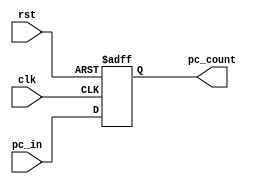
module program_counter(pc_count,pc_in,clk,rst);
output reg [31:0]pc_count;
input [31:0] pc_in;
input clk,rst;
initial
pc_count<=32'd0;

always@(posedge clk or posedge rst)
begin
if(rst)
begin
pc_count<=32'd0;
end
else
pc_count<=pc_in;
end
endmodule